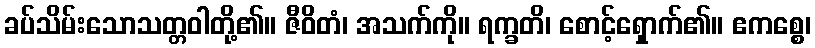
ခပ်သိမ်းသောသတ္တဝါတို့၏။ ဇီဝိတံ၊ အသက်ကို။ ရက္ခတိ၊ စောင့်ရှောက်၏။ ဧကစ္စေ၊